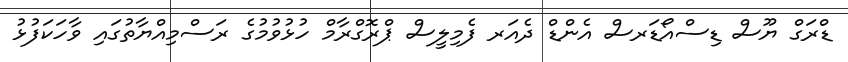
ޑްރަގް ޔޫސް ޑިސްއޯޑަރސް އެންޑް ދެއަރ ފެމިލީސް ޕްރޮގްރާމް ހުޅުވުމުގެ ރަސްމިއްޔާތުގައި ވާހަކަފުޅު